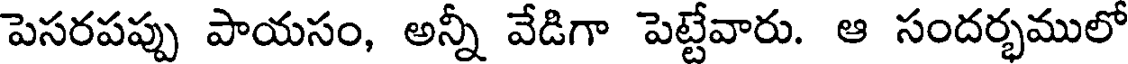
పెసరపప్పు పాయసం, అన్నీ వేడిగా పెట్టేవారు. ఆ సందర్భములో